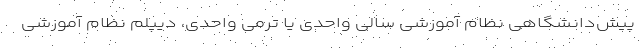
پیش‌دانشگاهی نظام آموزشی سالی واحدی یا ترمی واحدی، دیپلم نظام آموزشی